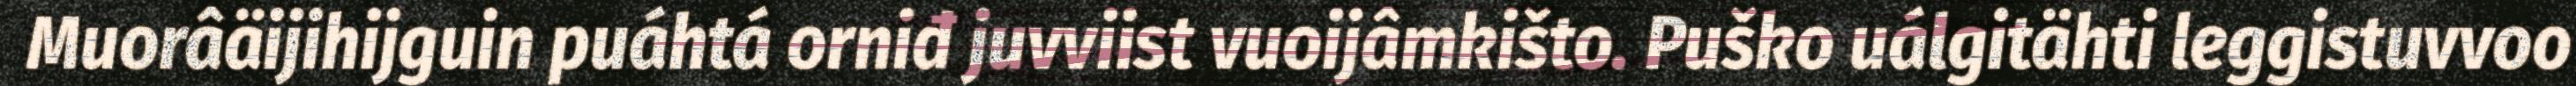
Muorâäijihijguin puáhtá orniđ juvviist vuoijâmkišto. Puško uálgitähti leggistuvvoo